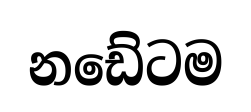
නඩේටම